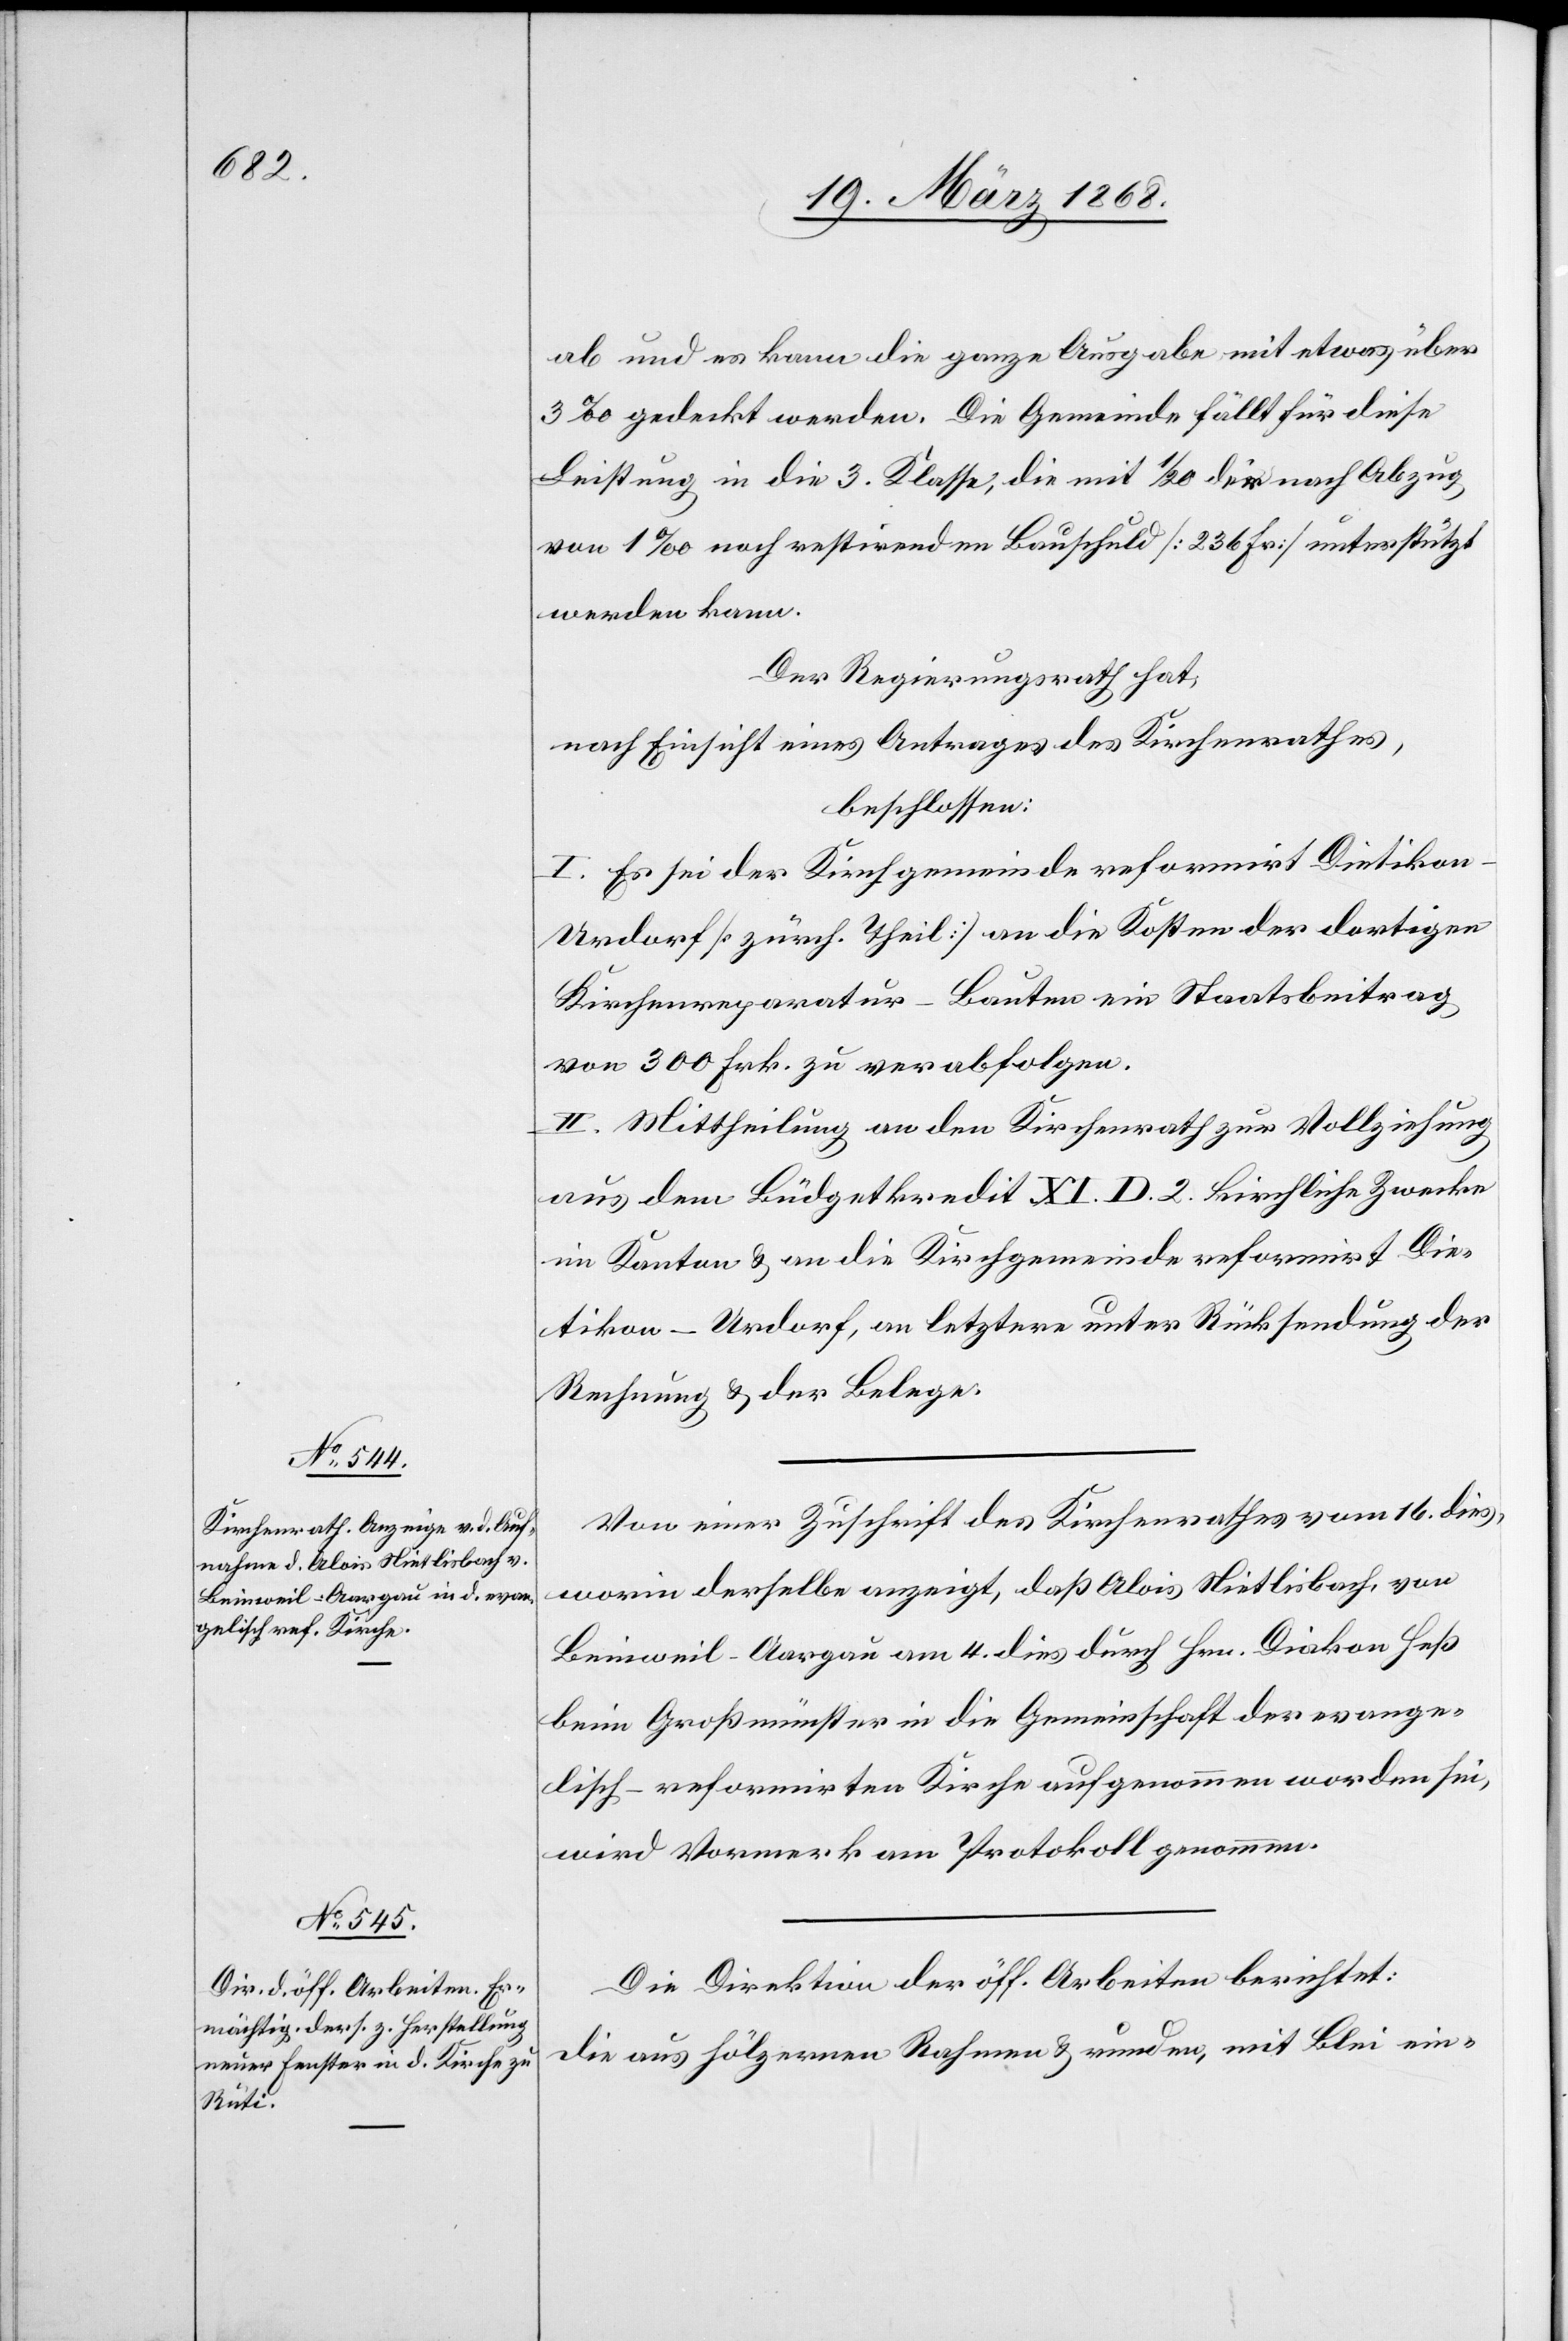
ab und es kann die ganze Ausgabe mit etwas über
3‰ gedeckt werden. Die Gemeinde fällt für diese
Leistung in die 3. Klasse, die mit 1/20 der nach Abzug
von 1‰ noch restirenden Bauschuld [236 Fr] unterstützt
werden kann.
Der Regierungsrath hat,
nach Einsicht eines Antrages des Kirchenrathes,
beschlossen:
I. Es sei der Kirchgemeinde reformirt Dietikon-U¬
rdorf [zürch. Theil] an die Kosten der dortigen
Kirchenreparatur-Bauten ein Staatsbeitrag
von 300 Frk. zu verabfolgen.
II. Mittheilung an den Kirchenrath zur Vollziehung
aus dem Büdgetkredit XI. D. 2. kirchliche Zwecke
im Kanton & an die Kirchgemeinde reformirt Die¬
tikon-Urdorf, an letztere unter Rücksendung der
Rechnung & der Belege.
Von einer Zuschrift des Kirchenrathes vom 16. dies,
worin derselbe anzeigt, daß Alois Nietlisbach, von
Beinweil-Aargau am 4. dies durch Hrn. Diakon Heß
beim Großmünster in die Gemeinschaft der evange¬
lisch-reformirten Kirche aufgenommen worden sei,
wird Vormerk am Protokoll genommen.
Die Direktion der öff. Arbeiten berichtet:
Die aus hölzernen Rahmen & runden, mit Blei ein-